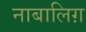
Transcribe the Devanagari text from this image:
नाबालिग़